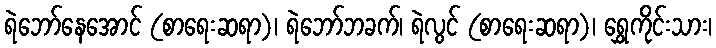
ရဲဘော်နေအောင် (စာရေးဆရာ)၊ ရဲဘော်ဘခက်၊ ရဲလွင် (စာရေးဆရာ)၊ ရွှေကိုင်းသား၊